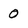
Character: 0